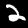
Label: 2